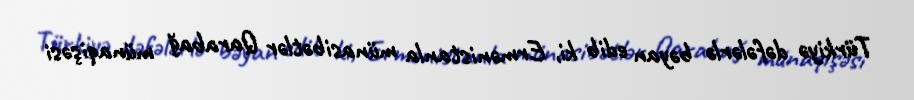
Türkiyə dəfələrlə bəyan edib ki, Ermənistanla münasibətlər Qarabağ münaqişəsi